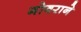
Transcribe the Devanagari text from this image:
गोवराने